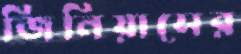
জিনিয়াসের